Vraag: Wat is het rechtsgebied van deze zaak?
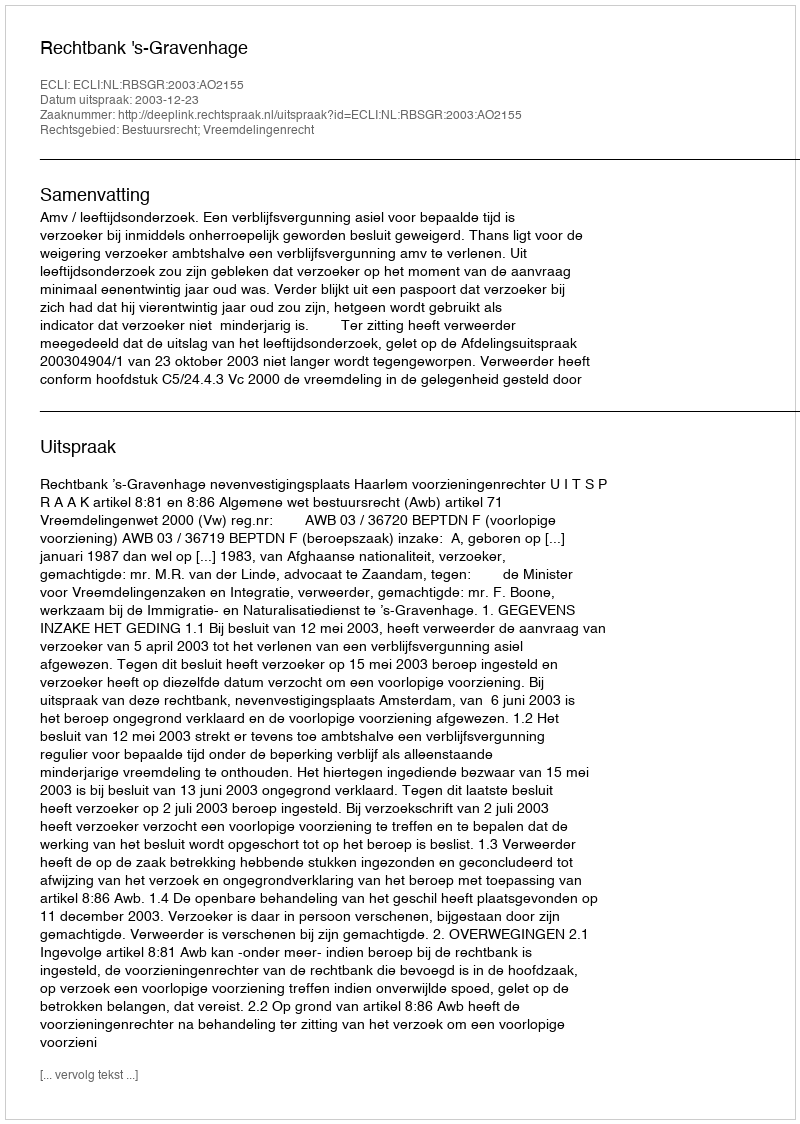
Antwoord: Bestuursrecht; Vreemdelingenrecht